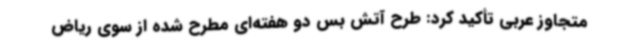
متجاوز عربی تأکید کرد: طرح آتش بس دو هفته‌ای مطرح شده از سوی ریاض